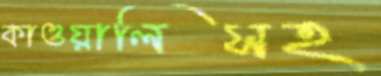
কাওয়ালিসহ